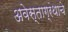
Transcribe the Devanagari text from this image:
अवेस्ताग्रंथाचे